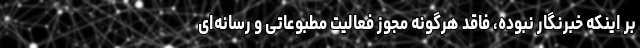
بر اینکه خبرنگار نبوده، فاقد هرگونه مجوز فعالیت مطبوعاتی و رسانه‌ای